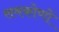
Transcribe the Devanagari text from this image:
समकोणों